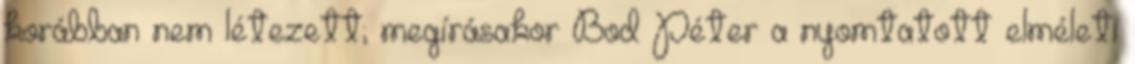
korábban nem létezett; megírásakor Bod Péter a nyomtatott elméleti